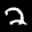
Label: 2